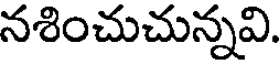
నశించుచున్నవి.